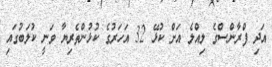
އަދި ފްރާންސްގެ ލިއްލެ އަށް ކުޅޭ 32 އަހަރުގެ ކުޅުންތެރިޔާ ވަނީ ކުލަބުގައި